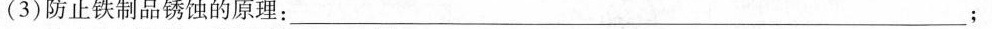
(3)防止铁制品锈蚀的原理：___；